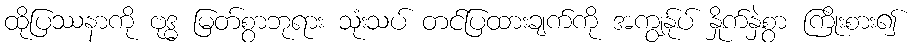
ထိုပြဿနာကို ဗုဒ္ဓ မြတ်စွာဘုရား သုံးသပ် တင်ပြထားချက်ကို အကျွန်ုပ် နှိုက်နှဲစွာ ကြိုးစား၍